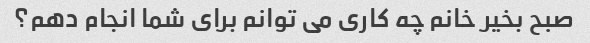
صبح بخیر خانم چه کاری می توانم برای شما انجام دهم؟